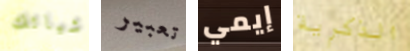
اشيائك تعبير إيمي الذكرية